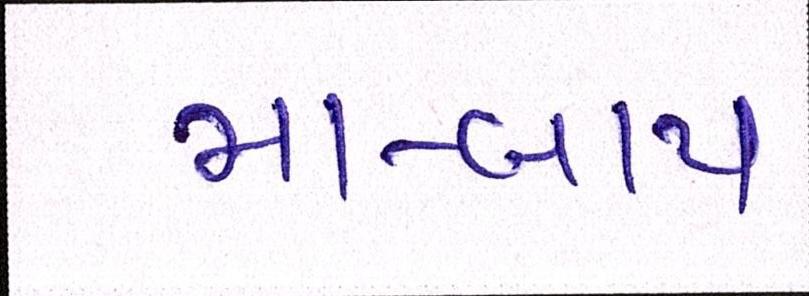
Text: મા-બાપ